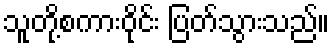
သူတို့စကားဝိုင်း ပြတ်သွားသည်။